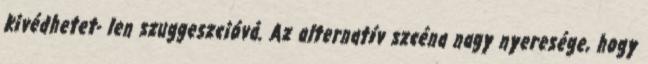
kivédhetet- len szuggeszcióvá. Az alternatív szcéna nagy nyeresége, hogy